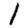
Digit: 1